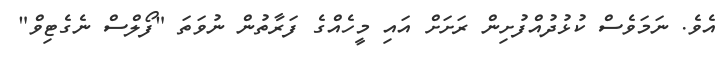
އެވެ. ނަމަވެސް ކުޅުދުއްފުށިން ރަށަށް އައި މީހެއްގެ ފަރާތުން ނުވަތަ "ފޯލްސް ނެގެޓިވް"